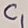
Text: C1